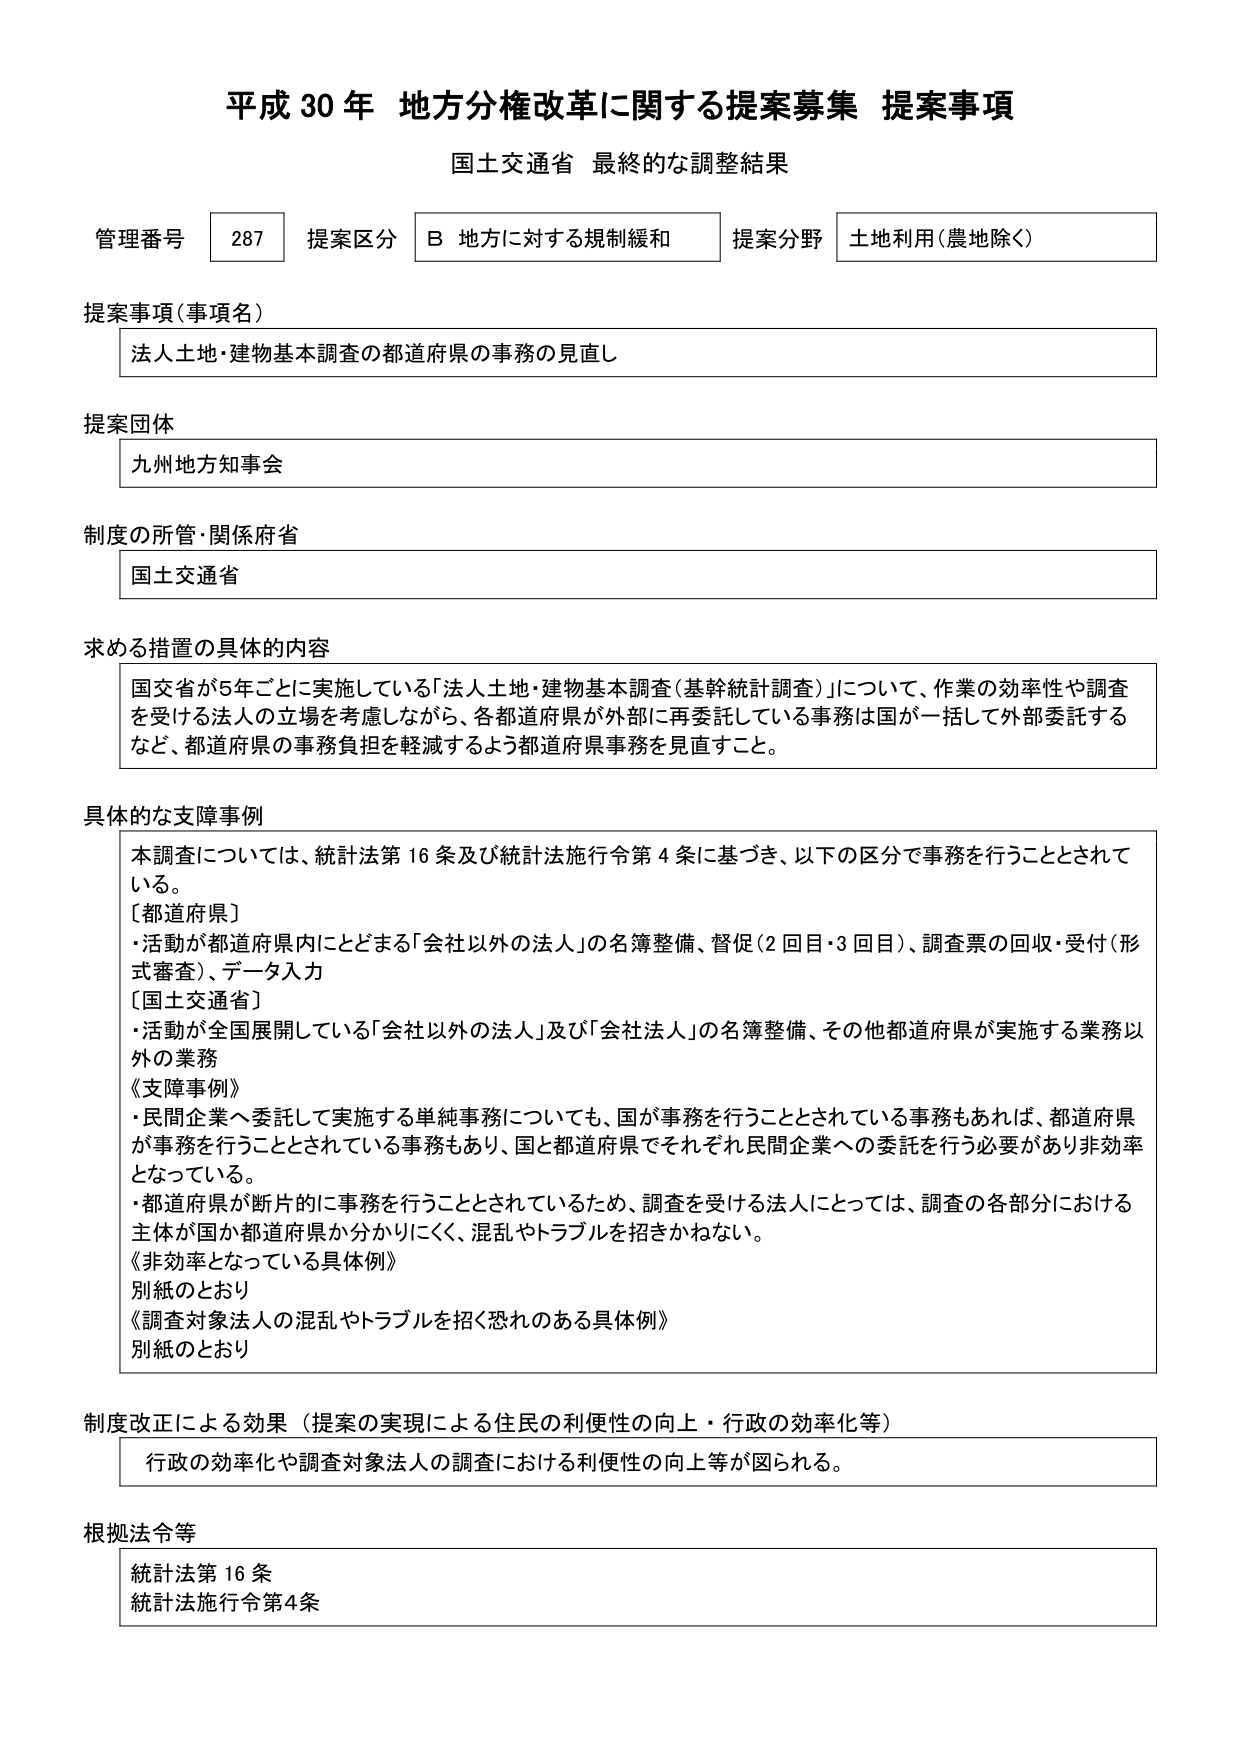
平成30年 地方分権改革に関する提案募集 提案事項
国土交通省 最終的な調整結果

管理番号 287 提案区分 B 地方に対する規制緩和 提案分野 土地利用（農地除く）

提案事項（事項名）
法人土地・建物基本調査の都道府県の事務の見直し

提案団体
九州地方知事会

制度の所管・関係府省
国土交通省

求める措置の具体的内容
国交省が5年ごとに実施している「法人土地・建物基本調査（基幹統計調査）」について、作業の効率性や調査を受ける法人の立場を考慮しながら、各都道府県が外部に再委託している事務は国が一括して外部委託するなど、都道府県の事務負担を軽減するよう都道府県事務を見直すこと。

具体的な支障事例
本調査については、統計法第16条及び統計法施行令第4条に基づき、以下の区分で事務を行うこととされている。
［都道府県］
・活動が都道府県内にとどまる「会社以外の法人」の名簿整備、督促（2回目・3回目）、調査票の回収・受付（形式審査）、データ入力
［国土交通省］
・活動が全国展開している「会社以外の法人」及び「会社法人」の名簿整備、その他都道府県が実施する業務以外の業務
《支障事例》
・民間企業へ委託して実施する単純事務についても、国が事務を行うこととされている事務もあれば、都道府県が事務を行うこととされている事務もあり、国と都道府県でそれぞれ民間企業への委託を行う必要があり非効率となっている。
・都道府県が断片的に事務を行うこととされているため、調査を受ける法人にとっては、調査の各部分における主体が国か都道府県か分かりにくく、混乱やトラブルを招きかねない。
《非効率となっている具体例》
別紙のとおり
《調査対象法人の混乱やトラブルを招く恐れのある具体例》
別紙のとおり

制度改正による効果（提案の実現による住民の利便性の向上・行政の効率化等）
行政の効率化や調査対象法人の調査における利便性の向上等が図られる。

根拠法令等
統計法第16条
統計法施行令第4条